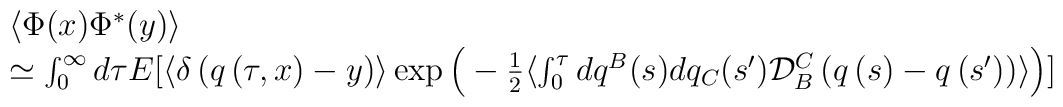
\begin{array}{l}\langle \Phi(x)\Phi^{*}(y)\rangle\cr\simeq\int_{0}^{\infty}d\tau E[\langle\delta\left(q\left(\tau,x\right)-y\right)\rangle\exp\Big(-\frac{1}{2}\langle\int_{0}^{\tau}dq^{B}(s)dq_{C}(s^{\prime}) {\cal D}_{B}^{C}\left(q\left(s\right)-q\left(s^{\prime}\right)\right)\rangle\Big)]\end{array}